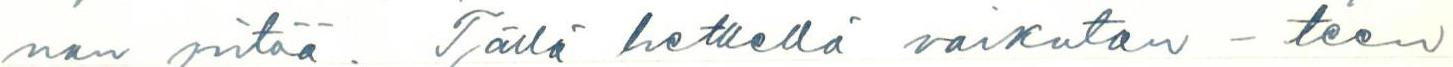
nan pitää. Tällä hetkellä vaikutan - teen